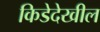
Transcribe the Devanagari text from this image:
किडेदेखील